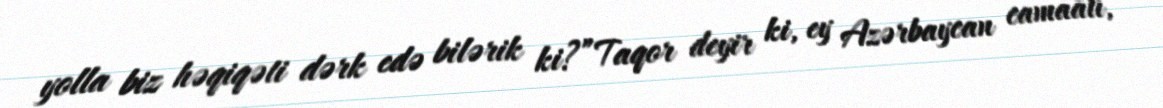
yolla biz həqiqəti dərk edə bilərik ki?”Taqor deyir ki, ey Azərbaycan camaatı,